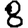
Digit: 8